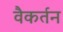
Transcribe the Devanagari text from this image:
वैकर्तन